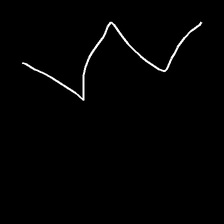
Glyph: crush